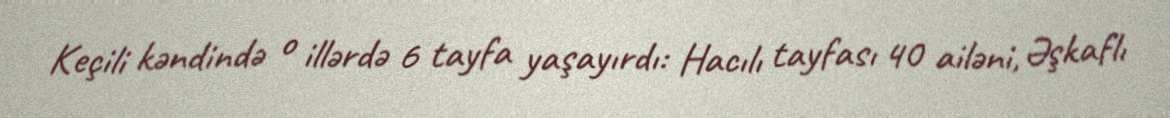
Keçili kəndində o illərdə 6 tayfa yaşayırdı: Hacılı tayfası 40 ailəni, Əşkaflı